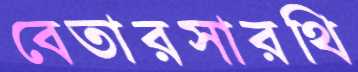
বেতারসারথি